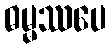
ဓမ္မဿပေ